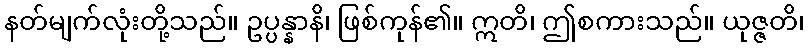
နတ်မျက်လုံးတို့သည်။ ဥပ္ပန္နာနိ၊ ဖြစ်ကုန်၏။ ဣတိ၊ ဤစကားသည်။ ယုဇ္ဇတိ၊